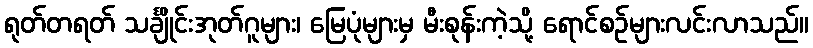
ရုတ်တရတ် သင်္ချိုင်းအုတ်ဂူများ၊ မြေပုံများမှ မီးစုန်းကဲ့သို့ ရောင်စဉ်များလင်းလာသည်။